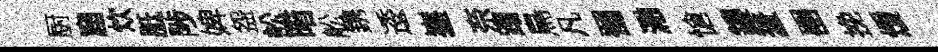
厨窟炊胝陟婢盌訟暗舩鎸逶嵳奈蹋鳥凡蜀瀜愴鏤羞噐挽煖